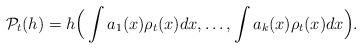
LaTeX: \begin{align*} {\cal P }_t(h) = h\Big( \int a_1 (x) \rho_t (x) dx , \ldots,\int a_k (x) \rho_t (x) dx \Big) . \end{align*}